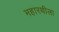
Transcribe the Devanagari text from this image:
महारथीला